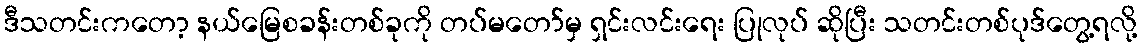
ဒီသတင်းကတော့ နယ်မြေစခန်းတစ်ခုကို တပ်မတော်မှ ရှင်းလင်းရေး ပြုလုပ် ဆိုပြီး သတင်းတစ်ပုဒ်တွေ့ရလို့